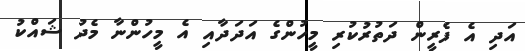
އަދި އެ ފެރީން ދަތުރުކުރި މީހުންގެ އަދަދާއި އެ މީހުންނާ މެދު ޝައްކު